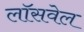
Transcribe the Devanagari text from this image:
लॉसवेल